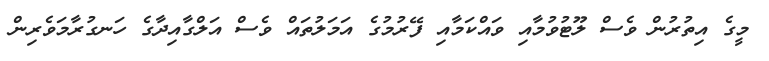
މީގެ އިތުރުން ވެސް ލޫޓުވުމާއި ވައްކަމާއި ފޭރުމުގެ އަމަލުތައް ވެސް އަލްގާއިދާގެ ހަނގުރާމަވެރިން